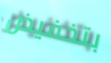
بتخفيض